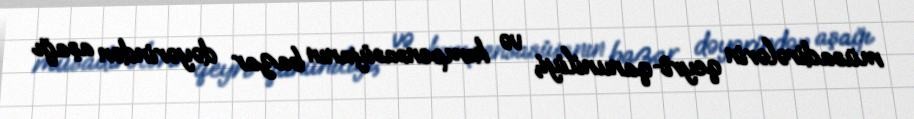
müsadirələrin qeyri-qanuniliyi, və kompensasiyanın bazar dəyərindən aşağı